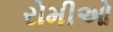
રોમીઓ